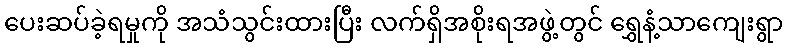
ပေးဆပ်ခဲ့ရမှုကို အသံသွင်းထားပြီး လက်ရှိအစိုးရအဖွဲ့တွင် ရွှေနံ့သာကျေးရွာ